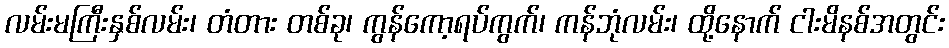
လမ်းမကြီးနှစ်လမ်း၊ တံတား တစ်ခု၊ ကွန်ကော့ရပ်ကွက်၊ ကန်ဘုံလမ်း၊ ထို့နောက် ငါးမိနစ်အတွင်း